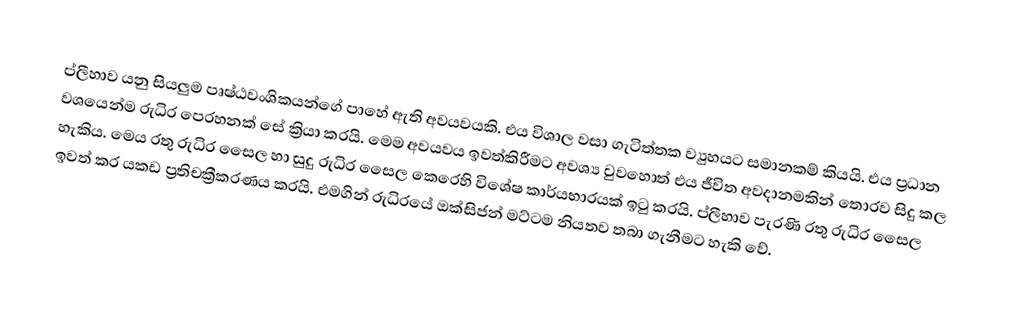
ප්ලීහාව යනු සියලුම පෘෂ්ඨවංශිකයන්ගේ පාහේ ඇති අවයවයකි. එය විශාල වසා ගැටිත්තක ව්‍යුහයට සමානකම් කියයි. එය ප්‍රධාන වශයෙන්ම රුධිර පෙරහනක් සේ ක්‍රියා කරයි. මෙම අවයවය ඉවත්කිරීමට අවශ්‍ය වුවහොත් එය ජීවිත අවදානමකින් තොරව සිදු කල හැකිය. මෙය රතු රුධිර සෛල හා සුදු රුධිර සෛල කෙරෙහි විශේෂ කාර්යභාරයක් ඉටු කරයි. ප්ලීහාව පැරණි රතු රුධිර සෛල ඉවත් කර යකඩ ප්‍රතිචක්‍රීකරණය කරයි. එමගින් රුධිරයේ ඔක්සිජන් මට්ටම නියතව තබා ගැනීමට හැකි වේ.